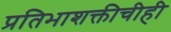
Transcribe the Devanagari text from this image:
प्रतिभाशक्तीचीही